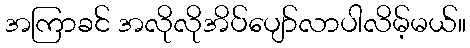
အကြာခင် အလိုလိုအိပ်ပျော်လာပါလိမ့်မယ်။